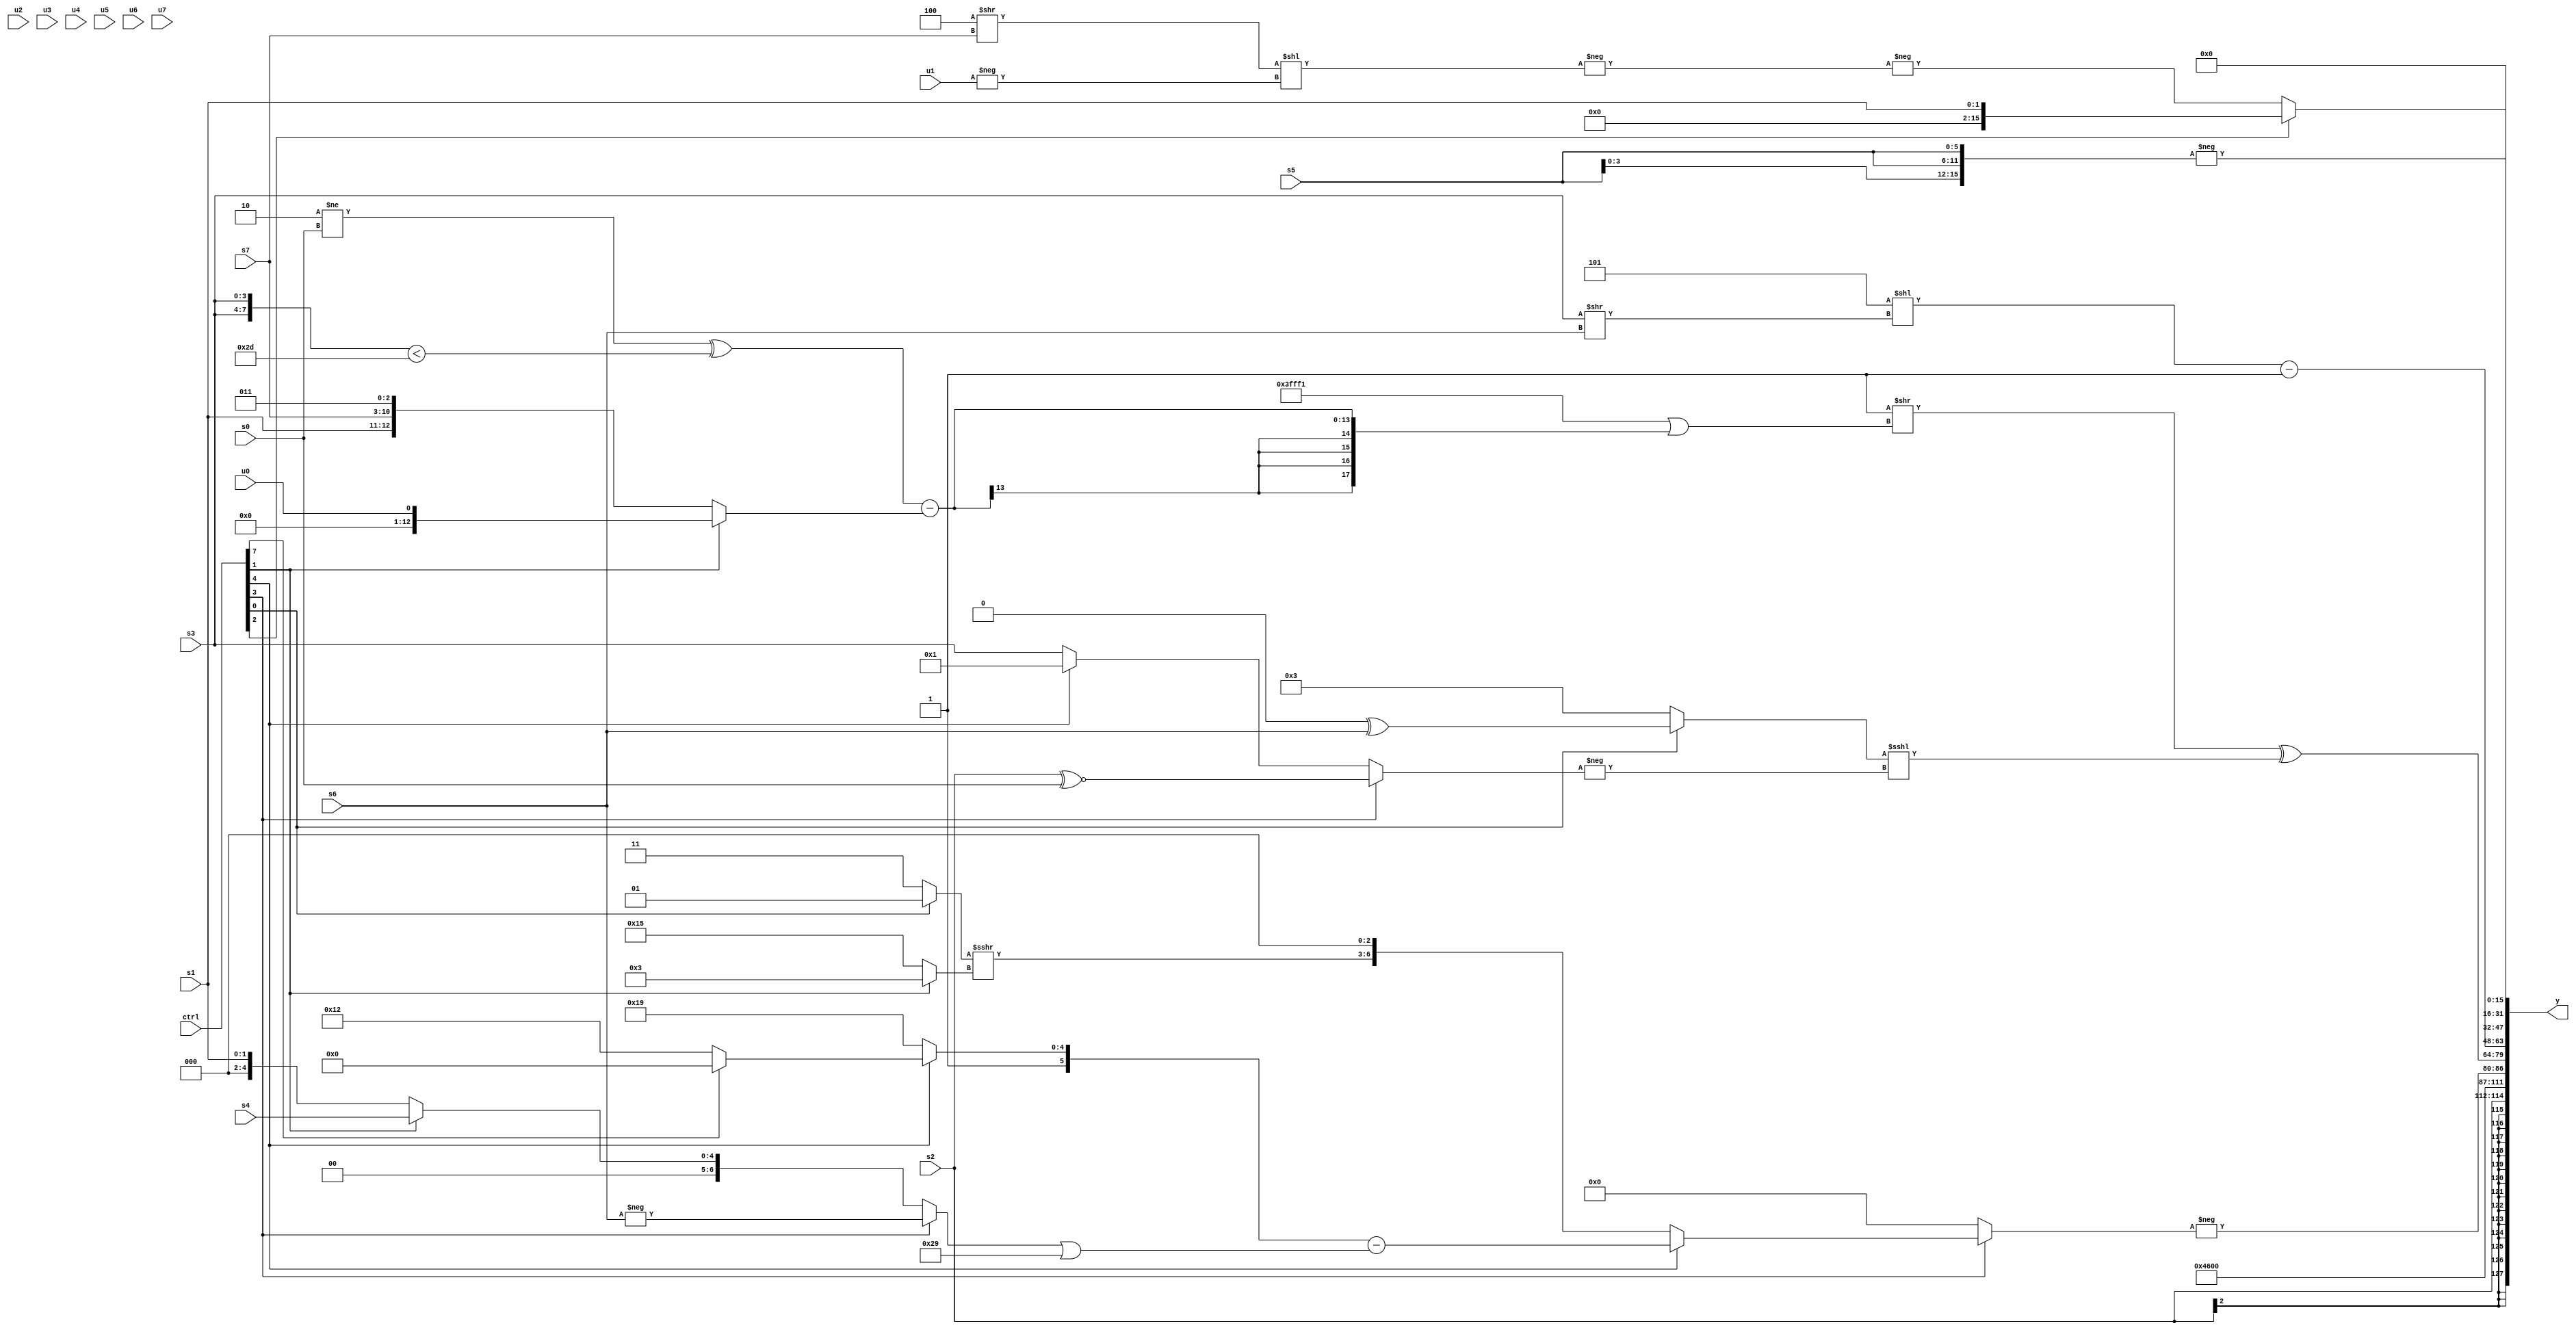
module wideexpr_00961(ctrl, u0, u1, u2, u3, u4, u5, u6, u7, s0, s1, s2, s3, s4, s5, s6, s7, y);
  input [7:0] ctrl;
  input [0:0] u0;
  input [1:0] u1;
  input [2:0] u2;
  input [3:0] u3;
  input [4:0] u4;
  input [5:0] u5;
  input [6:0] u6;
  input [7:0] u7;
  input signed [0:0] s0;
  input signed [1:0] s1;
  input signed [2:0] s2;
  input signed [3:0] s3;
  input signed [4:0] s4;
  input signed [5:0] s5;
  input signed [6:0] s6;
  input signed [7:0] s7;
  output [127:0] y;
  wire [15:0] y0;
  wire [15:0] y1;
  wire [15:0] y2;
  wire [15:0] y3;
  wire [15:0] y4;
  wire [15:0] y5;
  wire [15:0] y6;
  wire [15:0] y7;
  assign y = {y0,y1,y2,y3,y4,y5,y6,y7};
  assign y0 = s2;
  assign y1 = 6'b100011;
  assign y2 = {-((ctrl[3]?(ctrl[4]?($signed((ctrl[4]?(ctrl[7]?6'sb100000:6'sb110010):(1'sb1)+(5'sb11010))))-(((ctrl[3]?-(s6):(ctrl[1]?s4:s1)))|(6'sb101001)):(((ctrl[0]?+(3'b001):$signed(3'b011)))>>>((ctrl[1]?+(5'sb00011):(5'sb11001)-(4'sb0100))))<<<({2{$signed((2'sb01)>=(1'sb1))}})):$signed({1{(+(u1))<<({3{1'sb1}})}})))};
  assign y3 = ((1'sb1)>>((~(6'sb001110))|(((|((3'sb110)!=(s0)))^(({2{s3}})<($signed(6'sb101101))))-($signed((ctrl[1]?(ctrl[1]?u0:u5):{5'sb00000,s1,s7,3'sb011}))))))^(+(($unsigned((ctrl[0]?+((2'b00)^(s6)):5'sb00011)))<<<(-($signed((ctrl[3]?(s2)^~(s0):(ctrl[4]?3'sb001:s3)))))));
  assign y4 = ((5'sb11101)<<((s3)>>(s6)))-(1'sb1);
  assign y5 = 2'sb00;
  assign y6 = -(({4{s5}})>>>(-(2'sb00)));
  assign y7 = (ctrl[2]?s1:-(-(({$signed((3'sb100)>>(s7))})<<(-(u1)))));
endmodule